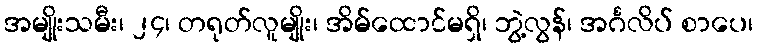
အမျိုးသမီး၊ ၂၄၊ တရုတ်လူမျိုး၊ အိမ်ထောင်မရှိ၊ ဘွဲ့လွန်၊ အင်္ဂလိပ် စာပေ၊